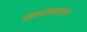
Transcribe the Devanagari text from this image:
स्तनांसारखा